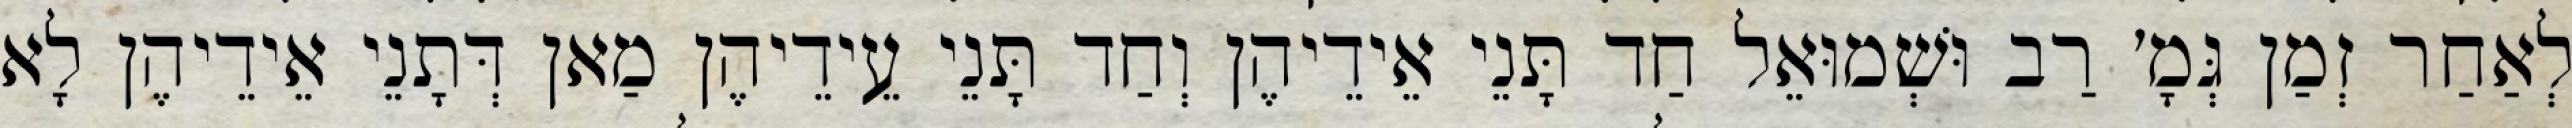
לְאַחַר זְמַן גְּמָ׳ רַב וּשְׁמוּאֵל חַד תָּנֵי אֵידֵיהֶן וְחַד תָּנֵי עֵידֵיהֶן מַאן דְּתָנֵי אֵידֵיהֶן לָא